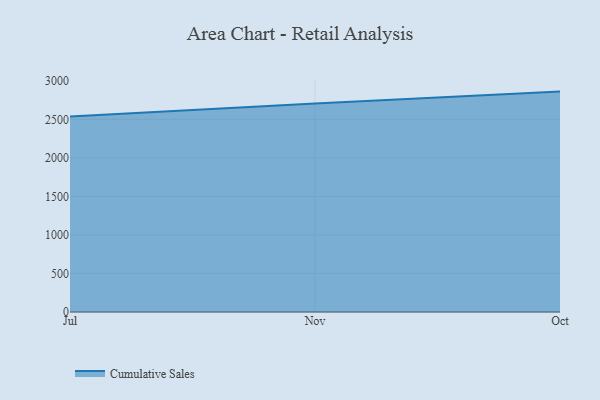
{"axis": {"x": "Month", "y": "Demand Index"}, "legend": ["Cumulative Sales"], "data": [{"x": "Jul", "y": 2536.0, "type": "Cumulative Sales"}, {"x": "Nov", "y": 2705.9, "type": "Cumulative Sales"}, {"x": "Oct", "y": 2860.1, "type": "Cumulative Sales"}]}